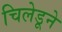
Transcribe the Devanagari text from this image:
चिलेडूने